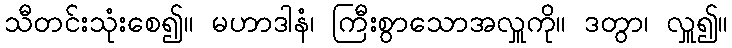
သီတင်းသုံးစေ၍။ မဟာဒါနံ၊ ကြီးစွာသောအလှူကို။ ဒတွာ၊ လှူ၍။